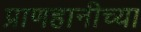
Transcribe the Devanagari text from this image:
प्राणहानीच्या